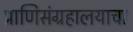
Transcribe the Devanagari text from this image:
प्राणिसंग्रहालयाचा